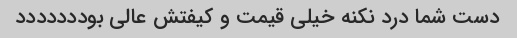
دست شما درد نکنه خیلی قیمت و کیفتش عالی بوددددددد